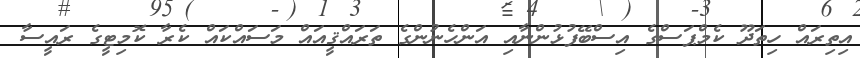
އިތިރައް ހިތަދޫ ކެމްޕަސްގެ އިސްބޭފުޅުންނާއި އަންހެނުންގެ ތަރައްޤީއައް މަސައްކައް ކެރާ ކޮމިޓީގެ ރައީސާ